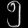
Digit: ၅